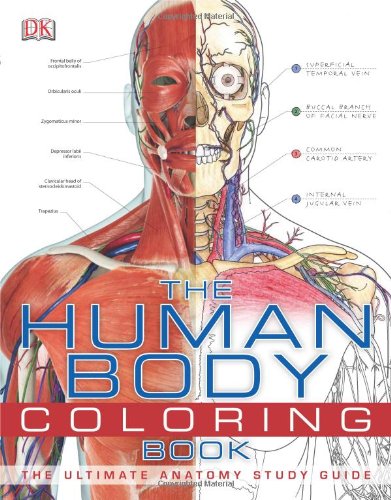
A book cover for The Human Body Coloring Book; DK Publishing; Medical Books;